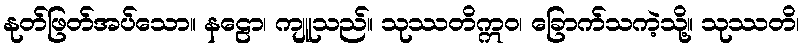
နုတ်ဖြတ်အပ်သော။ နဠော၊ ကျူသည်။ သုဿတိဣဝ၊ ခြောက်သကဲ့သို့။ သုဿတိ၊